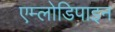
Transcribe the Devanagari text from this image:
एम्लोडिपाइन